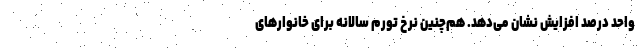
واحد درصد افزایش نشان می‌دهد. هم‌چنین نرخ تورم سالانه برای خانوارهای